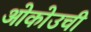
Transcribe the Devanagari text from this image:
ओकोउची